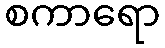
စကာရော